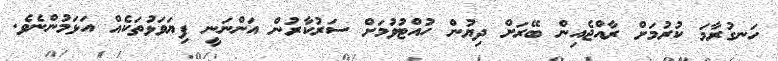
ހަނގުރާމަ ކުރުމަށް ރާއްޖެއިން ބޭރަށް ދިޔުން ހުއްޓުވުމަށް ސަރުކާރުން އަންނަނީ ފިޔަވަޅުތަކެއް އަޅަމުންނެވެ.